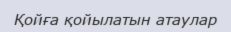
Қойға қойылатын атаулар